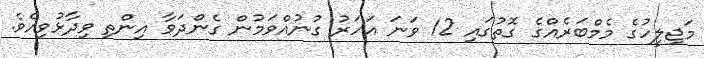
މަޖިލީހުގެ މެމްބަރެއްގެ ގޮތުގައި 12 ވަނަ އަހަރު ގުނުއްވަމުން ގެންދަވާ އިންތި ވިދާޅުވިއެވެ.